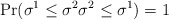
\begin{align*}\Pr(\sigma^1 \leq \sigma^2 \sigma^2 \leq \sigma^1)=1 \end{align*}